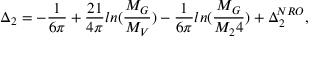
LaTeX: \Delta _ { 2 } = - \frac { 1 } { 6 \pi } + \frac { 2 1 } { 4 \pi } l n ( \frac { M _ { G } } { M _ { V } } ) - \frac { 1 } { 6 \pi } l n ( \frac { M _ { G } } { M _ { 2 } 4 } ) + \Delta _ { 2 } ^ { N R O } ,